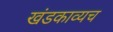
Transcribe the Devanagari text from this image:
खंडकाव्यच